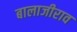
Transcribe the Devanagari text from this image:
बालाजीराव